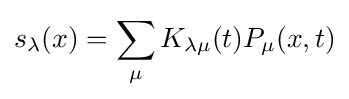
s_{\lambda }(x)=\sum _{\mu }K_{\lambda \mu }(t)P_{\mu }(x,t)